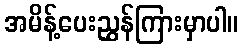
အမိန့်ပေးညွှန်ကြားမှာပါ။